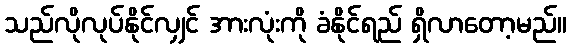
သည်လိုလုပ်နိုင်လျှင် အားလုံးကို ခံနိုင်ရည် ရှိလာတော့မည်။